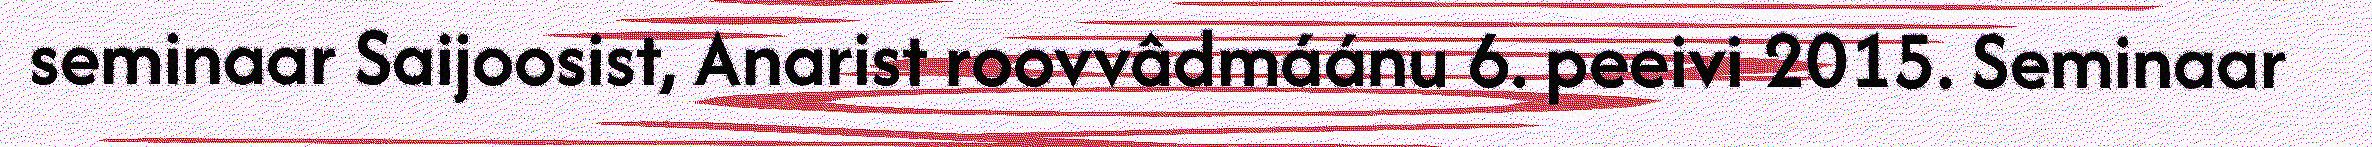
seminaar Saijoosist, Anarist roovvâdmáánu 6. peeivi 2015. Seminaar